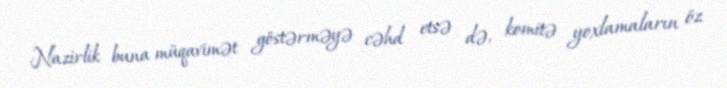
Nazirlik buna müqavimət göstərməyə cəhd etsə də, komitə yoxlamaların öz